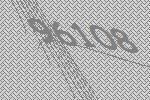
96108